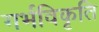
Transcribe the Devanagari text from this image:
गर्भविकृति